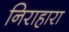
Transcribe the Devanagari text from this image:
निराहारा